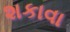
શકાવા